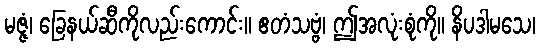
မဇ္ဇံ၊ ခြေနယ်ဆီကိုလည်းကောင်း။ ဧတံသဗ္ဗံ၊ ဤအလုံးစုံကို။ နိပဒါမသေ၊